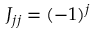
J _ { j j } = ( - 1 ) ^ { j }